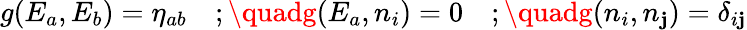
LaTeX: g(E_{a},E_{b})={\eta}_{ab}\quad;\quadg(E_{a},n_{i})=0\quad;\quadg(n_{i},n_{\mathbf{j}})={\delta}_{i\mathbf{j}}